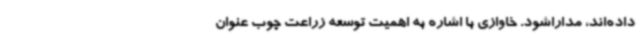
داده‌اند، مداراشود. خاوازی با اشاره به اهمیت توسعه زراعت چوب عنوان